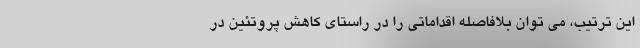
این ترتیب، می توان بلافاصله اقداماتی را در راستای کاهش پروتئین در